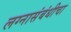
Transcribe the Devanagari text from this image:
लग्नासंबंधीचा